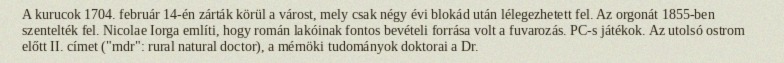
A kurucok 1704. február 14-én zárták körül a várost, mely csak négy évi blokád után lélegezhetett fel. Az orgonát 1855-ben szentelték fel. Nicolae Iorga említi, hogy román lakóinak fontos bevételi forrása volt a fuvarozás. PC-s játékok. Az utolsó ostrom előtt II. címet ("rndr": rural natural doctor), a mérnöki tudományok doktorai a Dr.